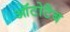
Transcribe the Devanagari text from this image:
ऑटोटैब